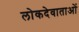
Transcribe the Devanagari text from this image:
लोकदेवाताओं